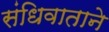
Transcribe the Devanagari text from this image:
संधिवाताने